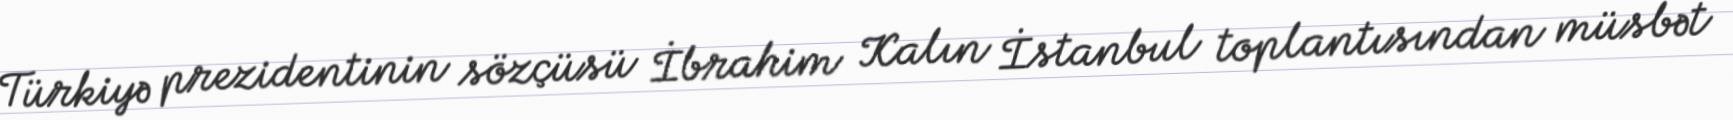
Türkiyə prezidentinin sözçüsü İbrahim Kalın İstanbul toplantısından müsbət